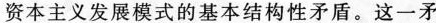
资本主义发展模式的基本结构性矛盾。这一矛